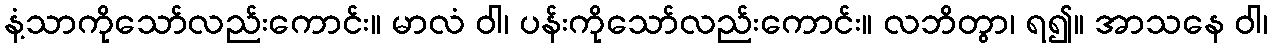
နံ့သာကိုသော်လည်းကောင်း။ မာလံ ဝါ၊ ပန်းကိုသော်လည်းကောင်း။ လဘိတွာ၊ ရ၍။ အာသနေ ဝါ၊